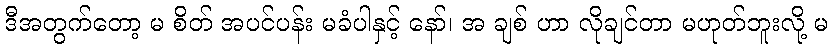
ဒီအတွက်တော့ မ စိတ် အပင်ပန်း မခံပါနှင့် နော်၊ အ ချစ် ဟာ လိုချင်တာ မဟုတ်ဘူးလို့ မ